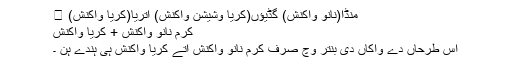
منڈا(نانوَ واکنش) گڈیؤں(کریا وشیشن واکنش) اتریا(کریا واکنش) ।
کرم نانوَ واکنش + کریا واکنش
اس طرحاں دے واکاں دی بنتر وچ صرف کرم نانوَ واکنش اتے کریا واکنش ہی ہندے ہن ۔